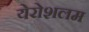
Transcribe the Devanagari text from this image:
येरोशलम